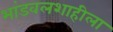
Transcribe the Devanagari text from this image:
भांडवलशाहीला